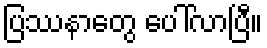
ပြဿနာတွေ ပေါ်လာပြီ။